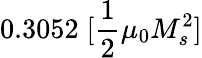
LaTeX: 0.3052\; [\frac{1}{2}\mu_{0}M_{s}^{2}]